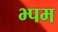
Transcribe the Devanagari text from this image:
भ्पम